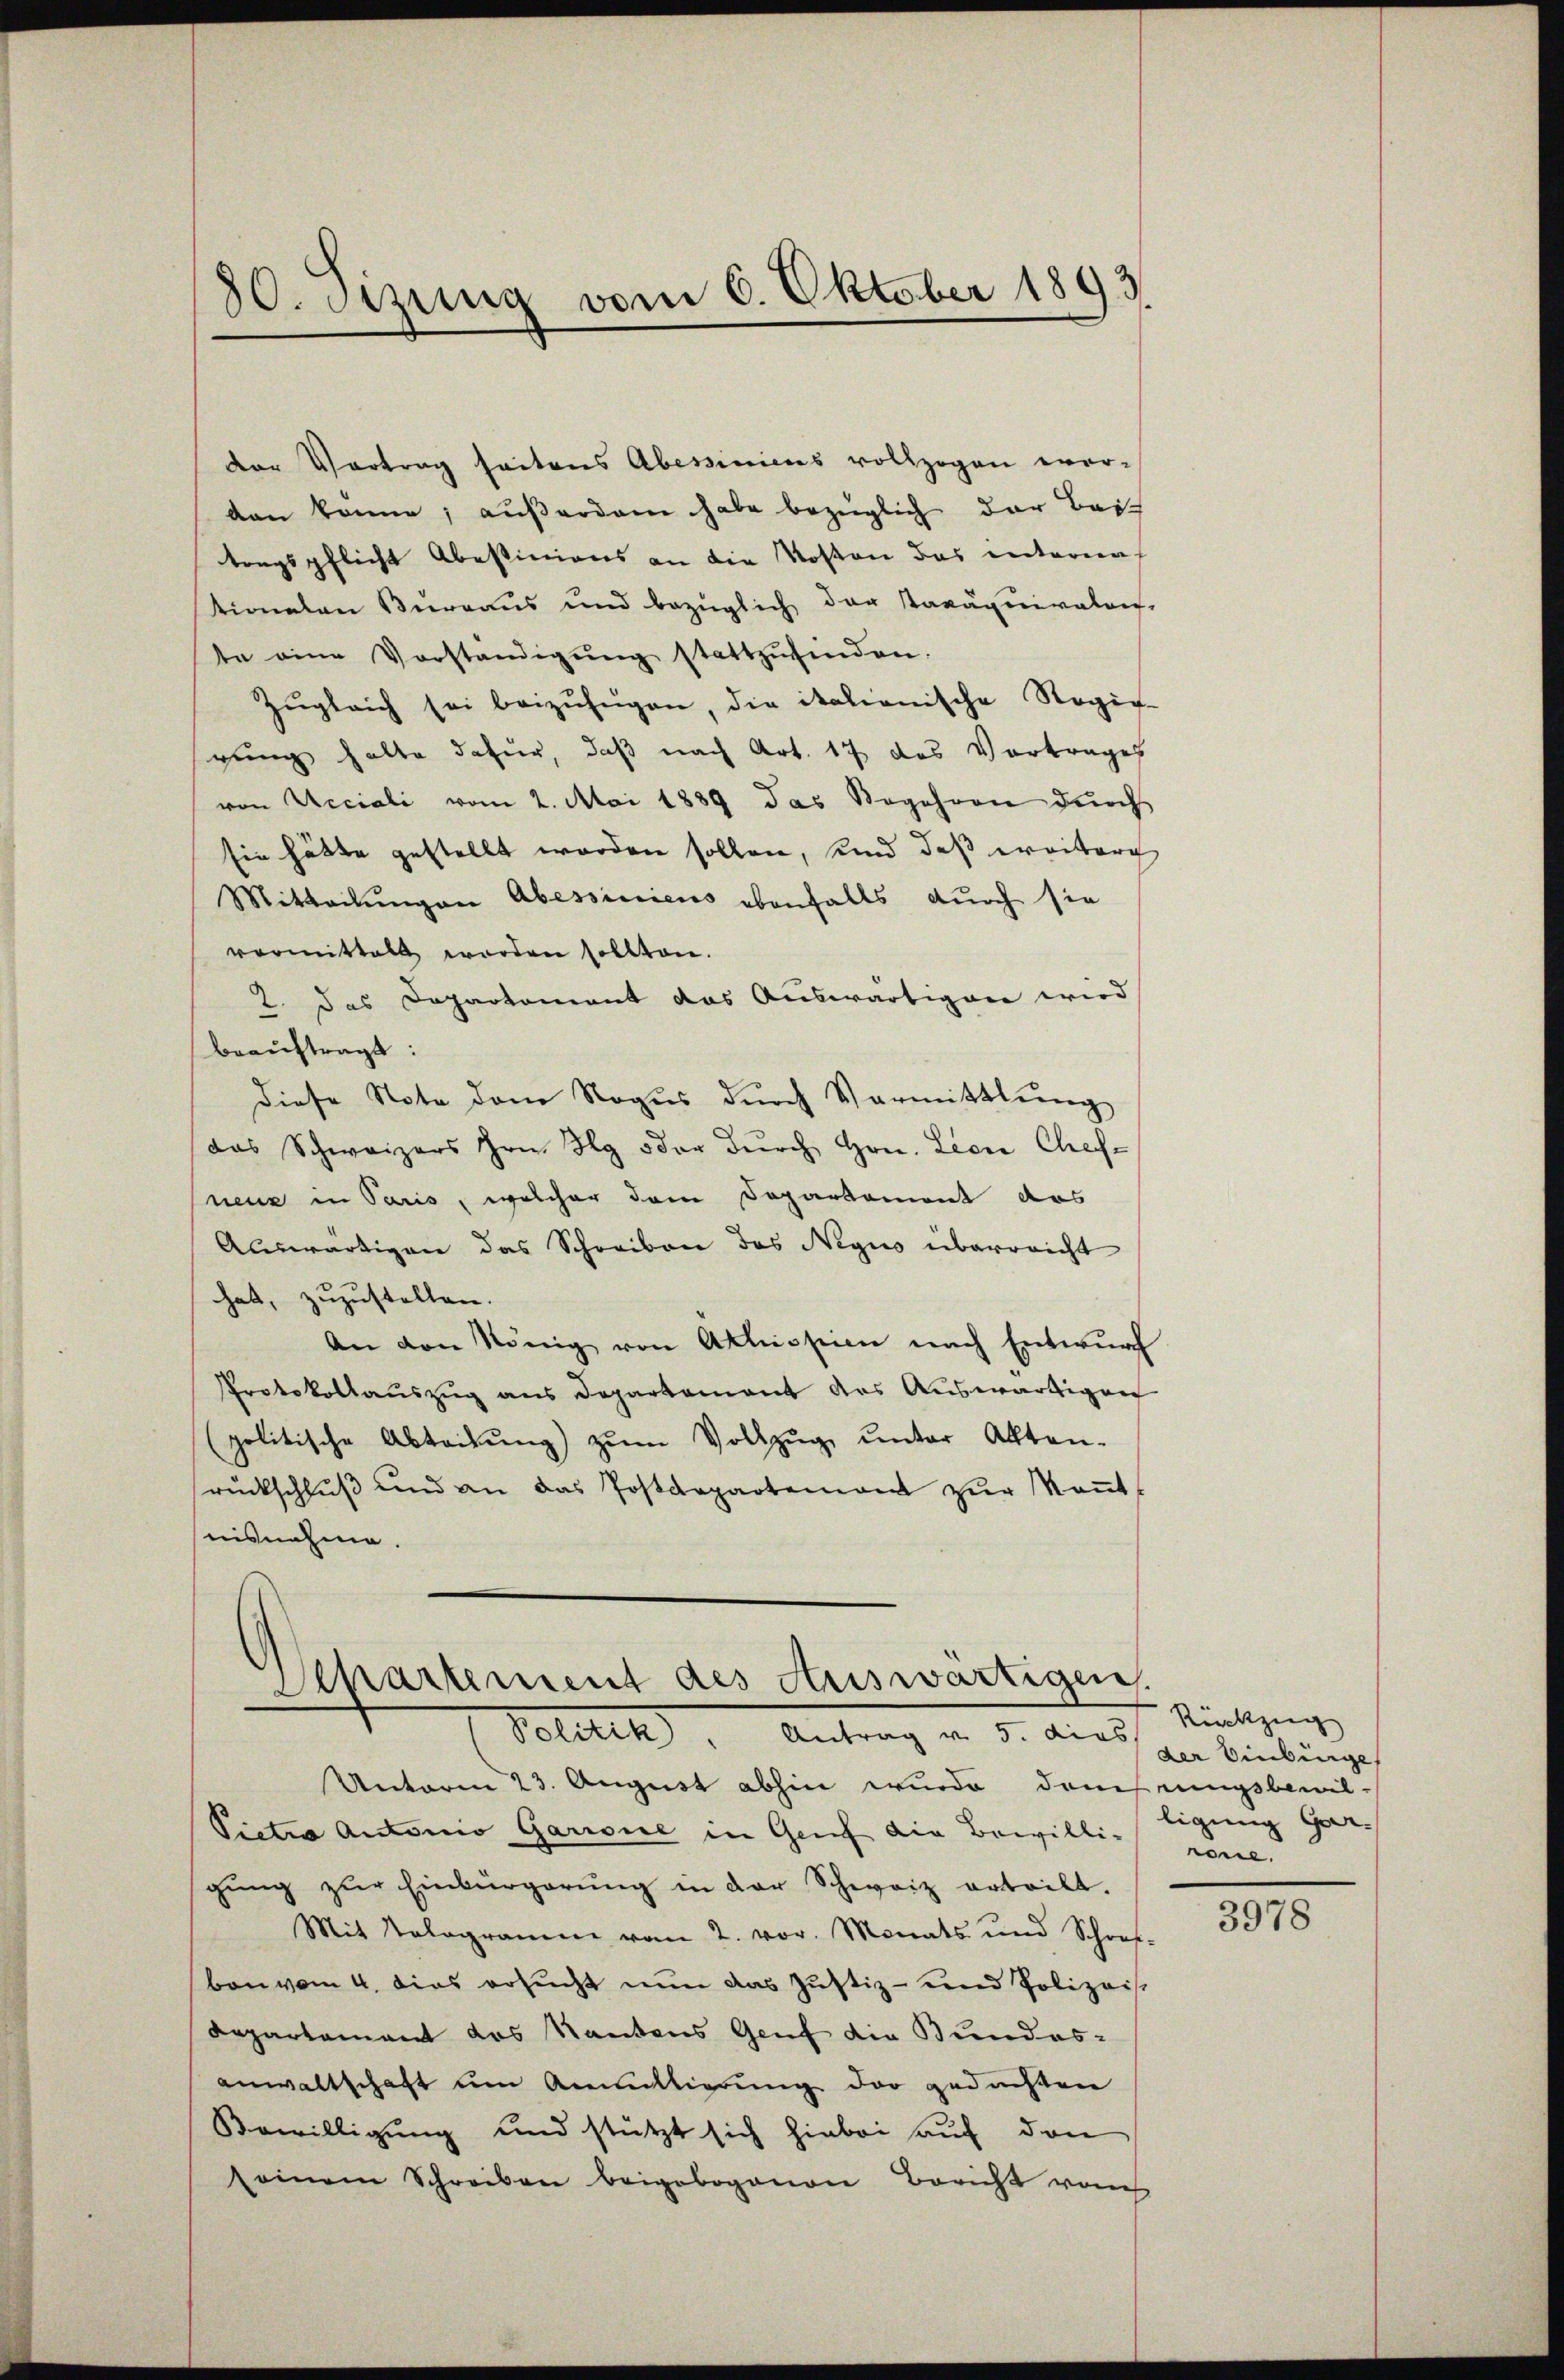
dor Vortrag seitens Abessiniens vollzogen evor-
den könne; außerden habe bezüglich der Beis
tragspflicht abestinions an die Kosten das interen
tionalen Bureaus und bezüglich der Taväquivalons-
te eine Vorständigŭng stattzŭfinden.
Zŭgleich sei beizufügen, die italionische Regie-
gung halte dafür, daß nach Art. 17 das Vortrages
von Ueciali vom 2. Mai 1889 das Begehren dŭrch
sie hätte gestellt worden sollen, und daß weiterg
Mitteilŭngen Abessiniens ebenfalls durch sie
vormittelt worden sollten.
2. das Departement das Auswärtigen wird
beauftragt:
diese Note dem Rogus durch Vormittlung
das Schweizers Hrn. Rg oder dŭrch Hrn. Leere Chef-
Pneue in Paris, welcher dem Departement das
Auswärtigen das Schreiben das Negus überreicht
hat, zuzustellen.
An den König von Actission nach Entwŭrf
Protokollauszug aus Departament des Auswärtigen
politische Abteilŭng zŭm Vollzŭg unter Akten-
rückschluß und an das Postdepartement zŭr Keṅt
nisnahme.

30. Sitzung vom 6. Oktober 1893.

Separtement des Auswärtigen
Politik. Antrag v. 5. dies

Unterm 23. August abhin wurde deichnungsbewil-
Pietia Antonio Garrone in Genf die Bewilli-
gŭng zŭr Einbürgerŭng in der Schweiz erteilt.
Mit Sologramm vom 2. vor. Monats und Schref-
bon vom 4. dies ersucht nun das Justiz- und Polizeis
Departement das Kantons Genf die Bundesanwaltschaft um Anmittierung der gedachten
Bewilligung und stützt sich hiebei auf den
seinem Schreiben beigebogenen Bericht von

Rückzug
der Einbürge
ligung Gar-
rone.

3978